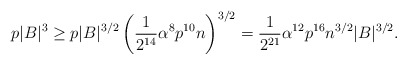
\begin{align*} p|B|^3 \geq p |B|^{3/2} \left( \frac{1}{2^{14}} \alpha^8 p^{10} n \right)^{3/2} = \frac{1}{2^{21}} \alpha^{12} p^{16} n^{3/2} |B|^{3/2}.\end{align*}